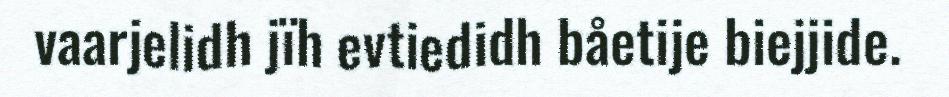
vaarjelidh jïh evtiedidh båetije biejjide.